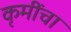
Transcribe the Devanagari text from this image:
कृमींचा